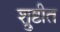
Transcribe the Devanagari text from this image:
श्रुष्टीत